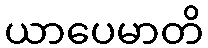
ယာပေမာတိ